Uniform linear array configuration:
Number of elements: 64
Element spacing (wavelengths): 0.5
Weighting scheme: binomial
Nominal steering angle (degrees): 60
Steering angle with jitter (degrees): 60.641
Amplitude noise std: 0.05
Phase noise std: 0.05

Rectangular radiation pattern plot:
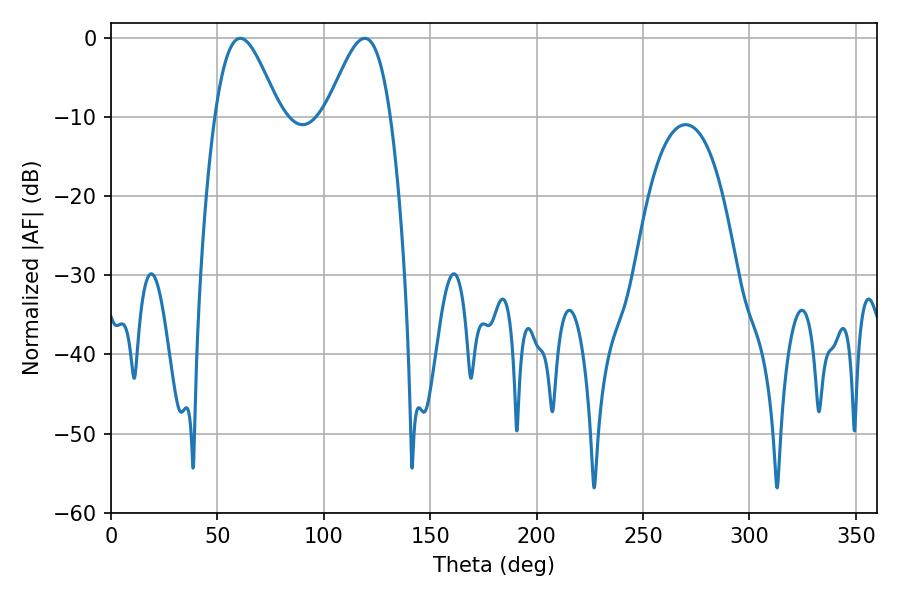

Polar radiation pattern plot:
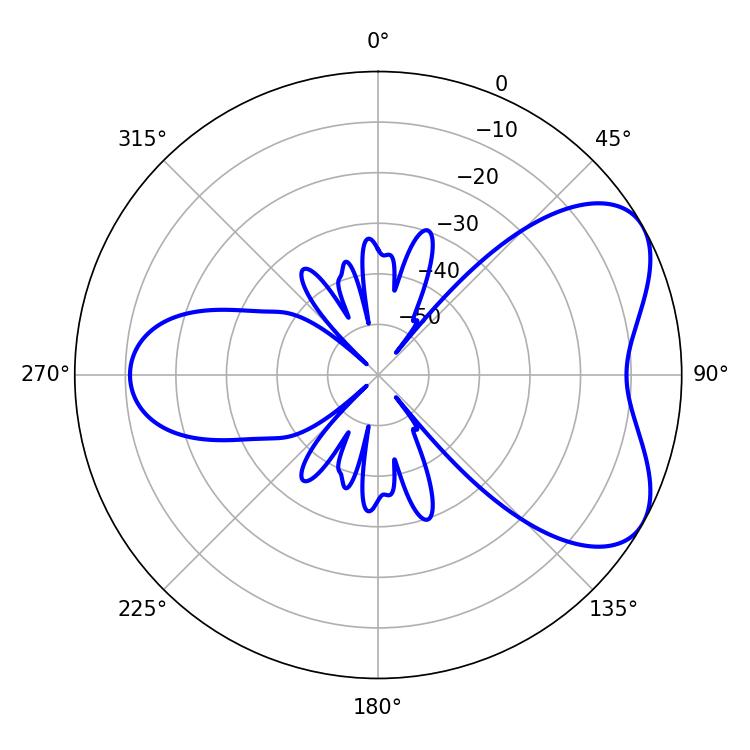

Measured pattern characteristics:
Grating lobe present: FALSE
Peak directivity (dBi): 5.685
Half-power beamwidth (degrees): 16.02
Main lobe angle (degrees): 60.66